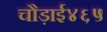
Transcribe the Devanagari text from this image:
चौड़ाई४६५